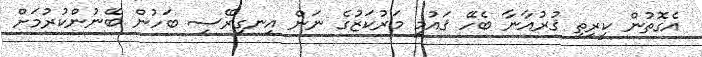
އެގޮތުން ކީރިތި ޤުރުއާނާ ބެހޭ ޤައުމީ މަރުކަޒުގެ ނަން އިނގިރޭސި ބަހުން ބޭނުންކުރުމަށް